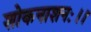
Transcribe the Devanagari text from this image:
शोकनाशनः।।